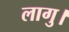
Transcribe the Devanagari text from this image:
लागु।